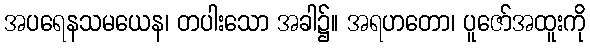
အပရေနသမယေန၊ တပါးသော အခါ၌။ အရဟတော၊ ပူဇော်အထူးကို